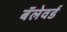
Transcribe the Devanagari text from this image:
बॅलेवर्ड